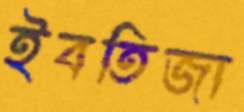
ইবতিজা